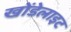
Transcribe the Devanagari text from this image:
खोंडेलाइट